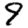
Digit: 9